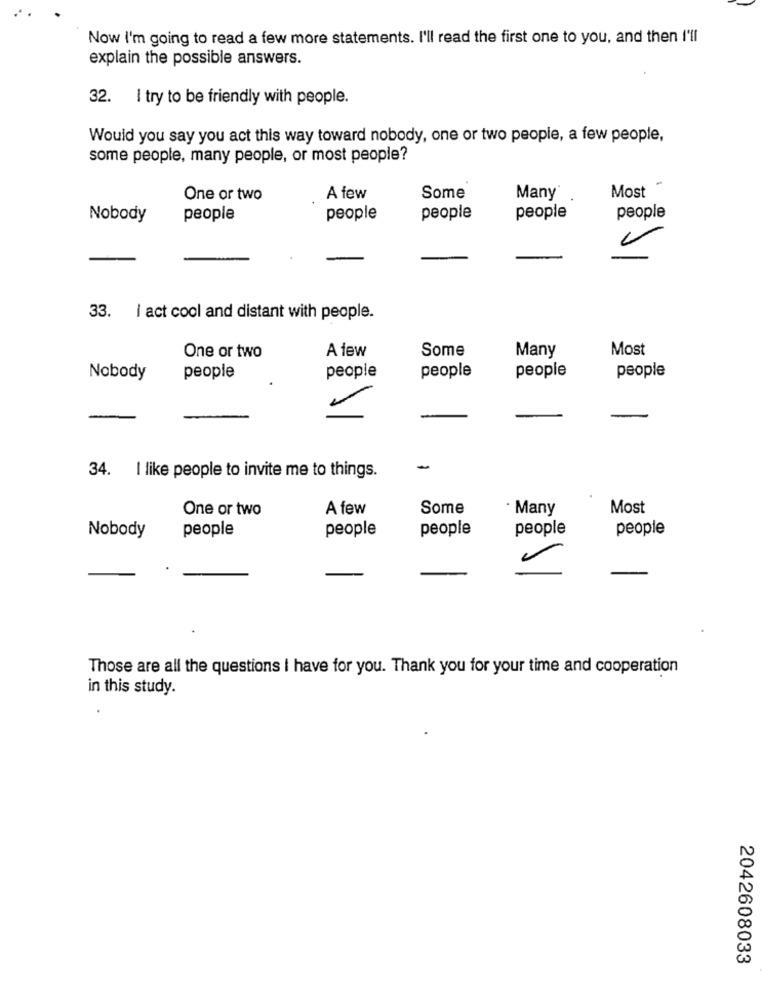
Now I'm going to read a few more statements. I'll read the first one to you, and then I'll
explain the possible answers.
32. I try to be friendly with people.
Would you say you act this way toward nobody, one or two people, a few people,
some people, many people, or most people?
One or two
A few
Some
Many
Most
Nobody
people
people
people
people
people
33. I act cool and distant with people.
Some
Most
One or two
A few
Many
Nobody
people
people
people
people
people
-
-
34. I like people to invite me to things.
One or two
A few
Some
· Many
Most
people
people
people
people
people
Nobody
Those are all the questions I have for you. Thank you for your time and cooperation
in this study.
2042608033